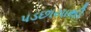
પડછાયાથી